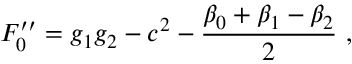
F _ { 0 } ^ { \prime \prime } = g _ { 1 } g _ { 2 } - c ^ { 2 } - \frac { \beta _ { 0 } + \beta _ { 1 } - \beta _ { 2 } } { 2 } ~ ,